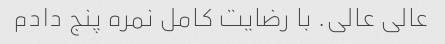
عالی عالی. با رضایت کامل نمره پنج دادم